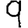
Digit: 9